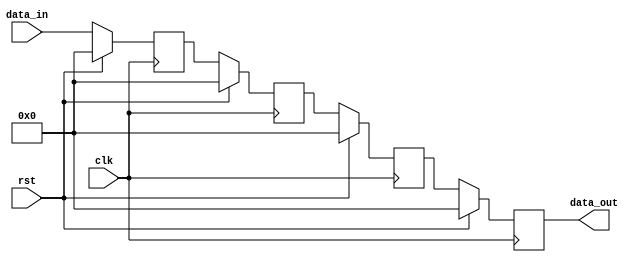
// Let's make a 4-bit size;
// 4-flit deep FIFO
// Declare input-output ports of this module...
// using verilog-2001 style...
module FIFO (
  input wire [3:0] data_in,
  input wire clk,
  input wire rst,
  output reg [3:0] data_out
);
  
  // create intermediate wire/reg here...
  reg [3:0] first;  
  reg [3:0] second;  
  reg [3:0] third;
  
  // execute your logic here...
  always @ (posedge clk) begin
    if(rst == 1'b1) begin //reset is asserted.. zero in all regs
      first <= 4'b0000;
      second <= 4'b0000;
      third <= 4'b0000;
      data_out <= 4'b0000;
    end else begin
      first <= data_in;
      second <= first;
      third <= second;
      data_out <= third;
    end
    
  end
  
endmodule